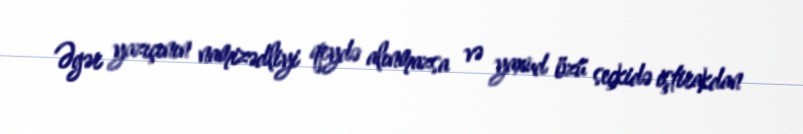
Əgər yazıçının namizədliyi qeydə alınmazsa və yaxud özü seçkidə iştirakdan